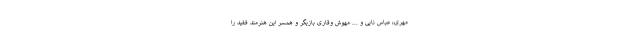
مهری، عباس نایی و ... مهوش وقاری بازیگر و همسر این هنرمند فقید را